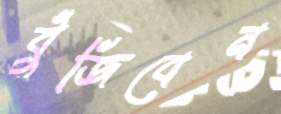
বুঁজিবেন